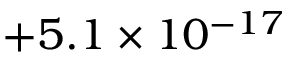
+ 5 . 1 \times 1 0 ^ { - 1 7 }